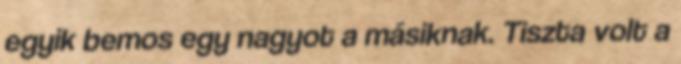
egyik bemos egy nagyot a másiknak. Tiszta volt a